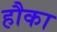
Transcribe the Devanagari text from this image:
हौका